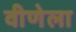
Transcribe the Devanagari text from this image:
वीणेला